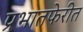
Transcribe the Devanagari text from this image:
प्रभातफेरीत